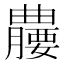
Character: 𪱘